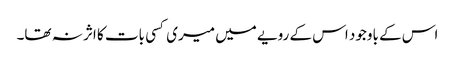
اس کے باوجود اس کے رویے میں میری کسی بات کا اثر نہ تھا۔